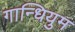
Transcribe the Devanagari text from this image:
गान्धियुम